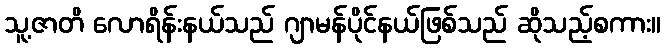
သူ့ဇာတိ လောရိန်းနယ်သည် ဂျာမန်ပိုင်နယ်ဖြစ်သည် ဆိုသည့်စကား။